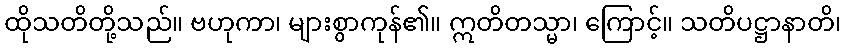
ထိုသတိတို့သည်။ ဗဟုကာ၊ များစွာကုန်၏။ ဣတိတသ္မာ၊ ကြောင့်။ သတိပဋ္ဌာနာတိ၊